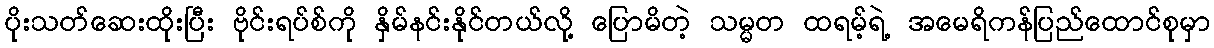
ပိုးသတ်ဆေးထိုးပြီး ဗိုင်းရပ်စ်ကို နှိမ်နင်းနိုင်တယ်လို့ ပြောမိတဲ့ သမ္မတ ထရမ့်ရဲ့ အမေရိကန်ပြည်ထောင်စုမှာ